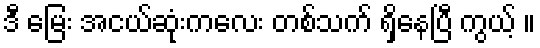
ဒီ မြေး အငယ်ဆုံးကလေး တစ်သက် ရှိနေပြီ ကွယ့် ။